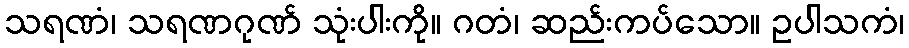
သရဏံ၊ သရဏဂုဏ် သုံးပါးကို။ ဂတံ၊ ဆည်းကပ်သော။ ဥပါသကံ၊